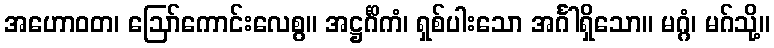
အဟောဝတ၊ ဩော်ကောင်းလေစွ။ အဋ္ဌင်္ဂိကံ၊ ရှစ်ပါးသော အင်္ဂါရှိသော။ မဂ္ဂံ၊ မဂ်သို့။